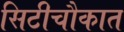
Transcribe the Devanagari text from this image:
सिटीचौकात